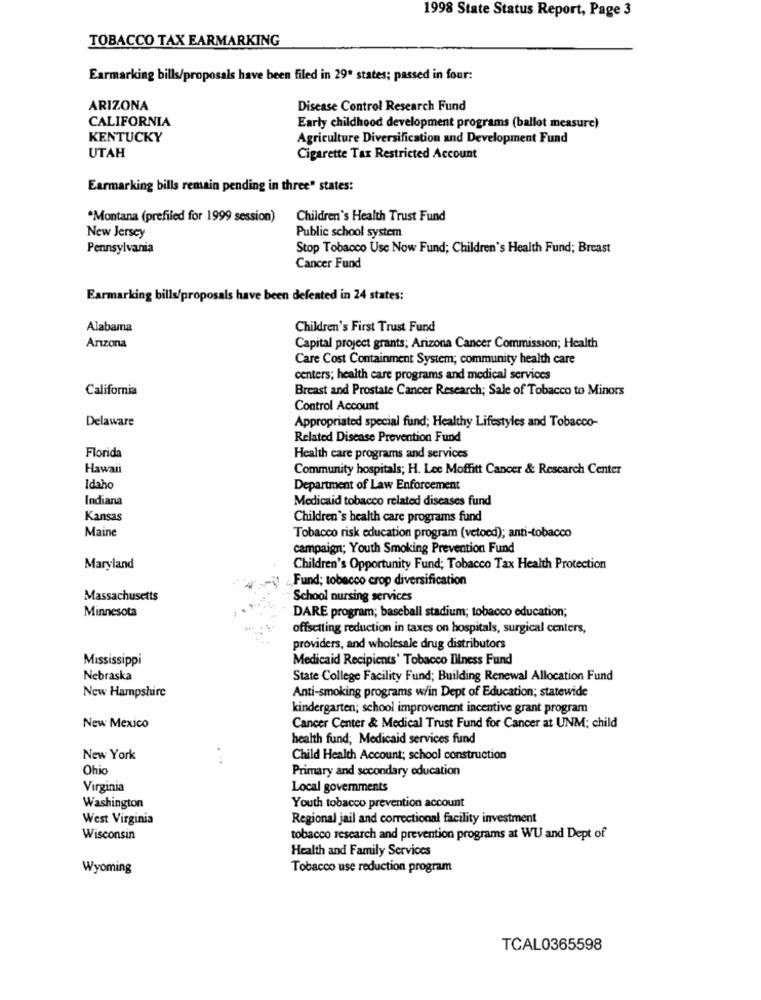
1998 State Status Report, Page 3
TOBACCO TAX EARMARKING
Earmarking bills/proposals have been filed in 29ª states; passed in four:
ARIZONA
Disease Control Research Fund
CALIFORNIA
Early childhood development programs (ballot measure)
KENTUCKY
Agriculture Diversification and Development Fund
UTAH
Cigarette Tax Restricted Account
Earmarking bills remain pending in three" states:
*Montana (prefiled for 1999 session)
Children's Health Trust Fund
Public school system
New Jersey
Pennsylvania
Stop Tobacco Use Now Fund; Children's Health Fund; Breast
Cancer Fund
Earmarking bills/proposals have been defeated in 24 states:
Alabama
Children's First Trust Fund
Anzona
Capital project grants; Arizona Cancer Commission; Health
Care Cost Containment System; community health care
centers; health care programs and medical services
California
Breast and Prostate Cancer Research; Sale of Tobacco to Minors
Control Account
Delaware
Appropriated special fund; Healthy Lifestyles and Tobacco-
Related Disease Prevention Fund
Florida
Health care programs and services
Hawaii
Community hospitals; H. Lee Moffitt Cancer & Research Center
Idaho
Department of Law Enforcement
Indiana
Medicaid tobacco related diseases fund
Kansas
Children's health care programs fund
Maine
Tobacco risk education program (vetoed); anti-tobacco
campaign; Youth Smoking Prevention Fund
Maryland
Children's Opportunity Fund; Tobacco Tax Health Protection
Fund; tobacco crop diversification
Massachusetts
School nursing services
Minnesota
DARE program; baseball stadium; tobacco education;
offsetting reduction in taxes on hospitals, surgical centers,
providers, and wholesale drug distributors
Mississippi
Medicaid Recipients' Tobacco Illness Fund
Nebraska
State College Facility Fund; Building Renewal Allocation Fund
New Hampshire
Anti-smoking programs win Dept of Education; statewide
kindergarten; school improvement incentive grant program
New Mexico
Cancer Center & Medical Trust Fund for Cancer at UNM: child
health fund; Medicaid services fund
New York
Child Health Account; school construction
Ohio
Primary and secondary education
Virginia
Local governments
Washington
Youth tobacco prevention account
West Virginia
Regional jail and correctional facility investment
Wisconsin
tobacco research and prevention programs at WU and Dept of
Health and Family Services
Wyoming
Tobacco use reduction program
TCAL0365598